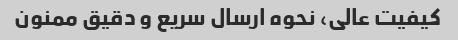
کیفیت عالی، نحوه ارسال سریع و دقیق ممنون